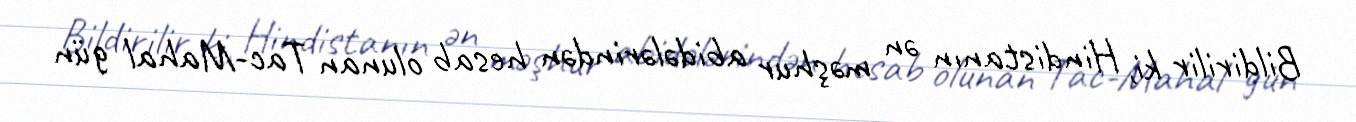
Bildirilir ki, Hindistanın ən məşhur abidələrindən hesab olunan Tac-Mahal gün